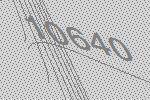
10640